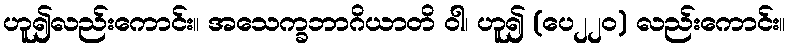
ဟူ၍လည်းကောင်း။ အသေက္ခဘာဂိယာတိ ဝါ၊ ဟူ၍ (ပေ၂၂၀) လည်းကောင်း။